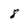
Character: 8